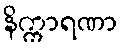
နိက္ကာရဏာ